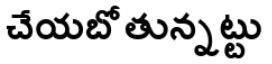
చేయబోతున్నట్టు